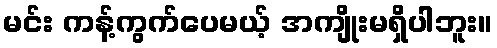
မင်း ကန့်ကွက်ပေမယ့် အကျိုးမရှိပါဘူး။